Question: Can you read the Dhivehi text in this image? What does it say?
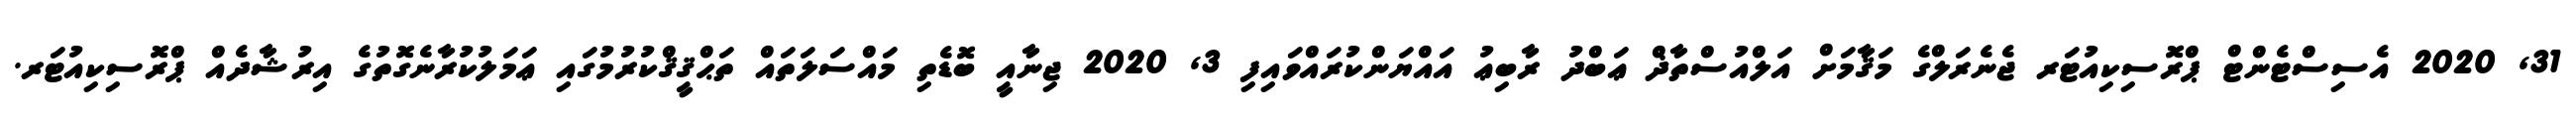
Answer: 31, 2020 އެސިސްޓެންޓް ޕްރޮސިކިއުޓަރ ޖެނެރަލްގެ މަޤާމަށް އަލްއުސްތާޛް ޢަބްދު ރާބިޢު އައްޔަންކުރައްވައިފި 3, 2020 ޖިނާއީ ބޮޑެތި މައްސަލަތައް ތަޙްޤީޤްކުރުމުގައި ޢަމަލުކުރާނެގޮތުގެ އިރުޝާދެއް ޕްރޮސިކިއުޓަރ.